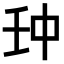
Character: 𠁪